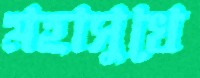
মহাসুখে